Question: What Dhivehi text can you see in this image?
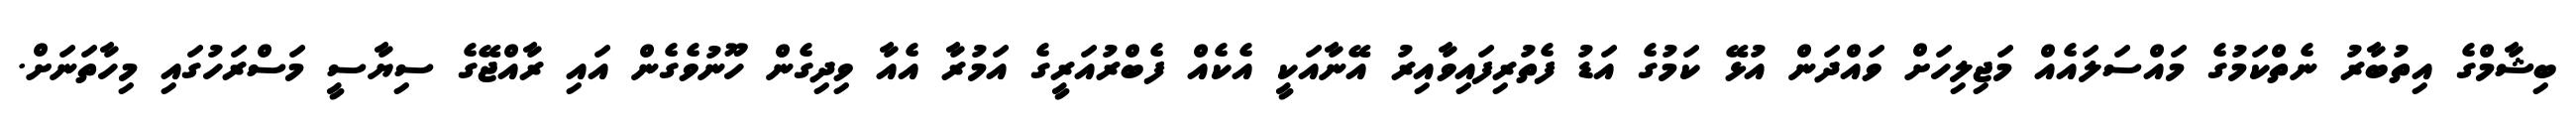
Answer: ބިޝާމްގެ އިތުބާރު ނެތްކަމުގެ މައްސަލައެއް މަޖިލިހަށް ވައްދަން އުޅޭ ކަމުގެ އަޑު ފެތުރިފައިވާއިރު އޭނާއަކީ އެކެއް ފެބްރުއަރީގެ އަމުރާ އެއާ ވިދިގެން ހޫނުވެގެން އައި ރާއްޖޭގެ ސިޔާސީ މަސްރަހުގައި މިހާތަނަށް.